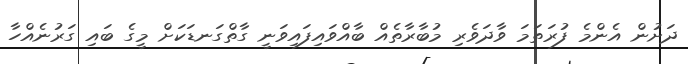
ދަށުން އެންމެ ފުރަތަމަ ވާދަވެރި މުބާރާތެއް ބާއްވައިފައިވަނީ ގާތްގަނޑަކަށް މީގެ ބައި ގަރުނެއްހާ